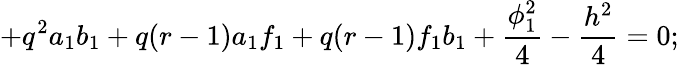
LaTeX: +q^{2}a_{1}b_{1}+q(r-1)a_{1}f_{1}+q(r-1)f_{1}b_{1}+\frac{\phi_{1}^{2}}{4}-\frac{h^{2}}{4}=0;